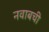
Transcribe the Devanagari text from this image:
नवाबची